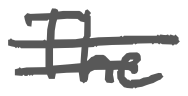
Text: The
Cross-out: double-line
Writing tool: digital_gray